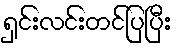
ရှင်းလင်းတင်ပြပြီး